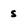
Character: s